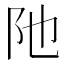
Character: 阤